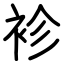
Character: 袗